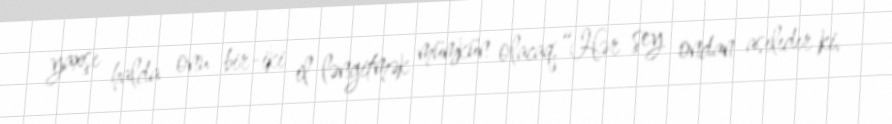
yaxşı halda onu bir-iki il ləngitmək mümkün olacaq.“Hər şey ondan asılıdır ki,